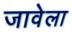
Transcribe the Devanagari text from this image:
जावेला